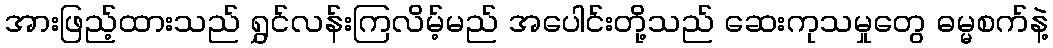
အားဖြည့်ထားသည် ရွှင်လန်းကြလိမ့်မည် အပေါင်းတို့သည် ဆေးကုသမှုတွေ ဓမ္မစက်နဲ့